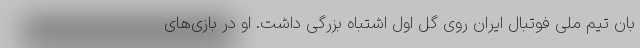
بان تیم ملی فوتبال ایران روی گل اول اشتباه بزرگی داشت. او در بازی‌های